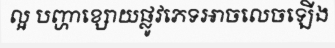
ល្អ បញ្ហាខ្សោយផ្លូវភេទអាចលេចឡើង